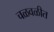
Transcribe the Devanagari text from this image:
चळवळीत